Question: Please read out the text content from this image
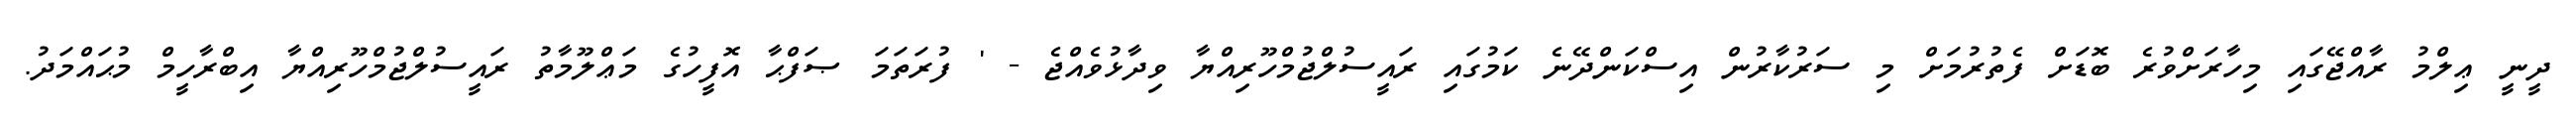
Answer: ދީނީ ޢިލްމު ރާއްޖޭގައި މިހާރަށްވުރެ ބޮޑަށް ފެތުރުމަށް މި ސަރުކާރުން އިސްކަންދޭނެ ކަމުގައި ރައީސުލްޖުމްހޫރިއްޔާ ވިދާޅުވެއްޖެ - ' ފުރަތަމަ ޞަފްޙާ އޮފީހުގެ މަޢްލޫމާތު ރައީސުލްޖުމްހޫރިއްޔާ އިބްރާހީމް މުޙައްމަދު.